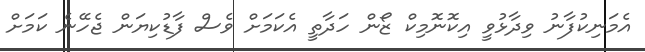
އެމަނިކުފާނު ވިދާޅުވީ އިކޮނޮމިކް ޒޯން ހަދާތީ އެކަމަށް ވެސް ފާޑުކިޔަން ޖެހޭނެ ކަމަށް